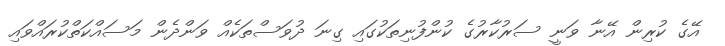
އޭގެ ކުރިން އޭނާ ވަނީ ސަރުކާރުގެ ކުންފުނިތަކުގައި ގިނަ ދުވަސްތަކެއް ވަންދެން މަސައްކަތްކުރައްވައި